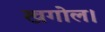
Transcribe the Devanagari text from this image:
खगोल।